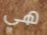
هي